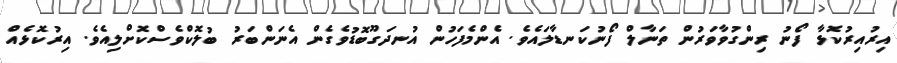
އިރުއިރުކޮޅާ ފޯނު ރިންގުވާވަރުން ތަނާލް ފޯނުކަނޑާލައެވެ. އެންމެފަހުން އުނދަގޫބޮޑުވެގެން އެނަންބަރު ބުލޮކްވެސްކޮށްލިއެވެ. އިރުކޮޅެއް